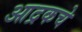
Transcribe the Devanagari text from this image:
आद्रकचे